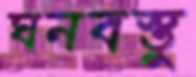
ঘনবস্তু